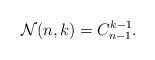
LaTeX: \begin{align*}\mathcal{N}(n,k)=C_{n-1}^{k-1}.\end{align*}